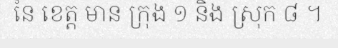
នៃ ខេត្ត មាន ក្រុង ១ និង ស្រុក ៨ ។